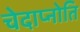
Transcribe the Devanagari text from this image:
चेदाप्नोति